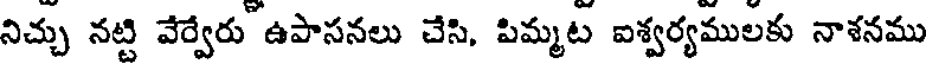
నిచ్చు నట్టి వేర్వేరు ఉపాసనలు చేసి, పిమ్మట ఐశ్వర్యములకు నాశనము